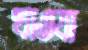
খাওযা